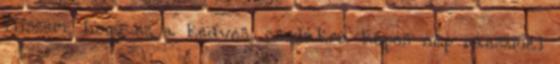
Hiszem, hogy ez a kedves, csodákra képes nép ráeszmél